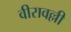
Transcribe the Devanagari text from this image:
वीरावल्ली